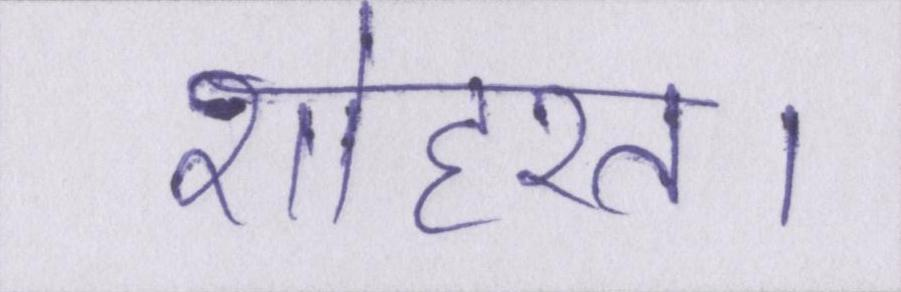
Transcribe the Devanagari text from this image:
शोहरत।